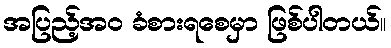
အပြည့်အဝ ခံစားရစေမှာ ဖြစ်ပါတယ်။